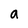
Character: a